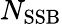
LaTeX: N_{\mathrm{SSB}}